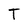
Character: T